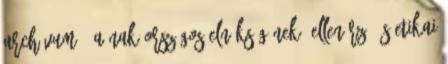
ARCHÍVUM - A NAK országos elnökségének, ellenőrző és etikai